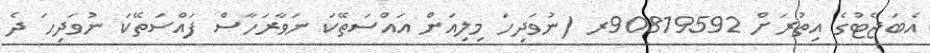
އެބަޖެޓުގެ އިތުރަށް 90819592ރ (ނުވަދިހަ މިލިއަން އައްސަތޭކަ ނަވާރަހާސް ފައްސަތޭކަ ނުވަދިހަ ދެ